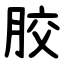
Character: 胶